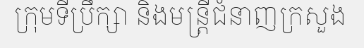
ក្រុមទីប្រឹក្សា និងមន្ត្រីជំនាញក្រសួង